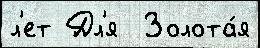
л'ет Дл'я  Золота́я